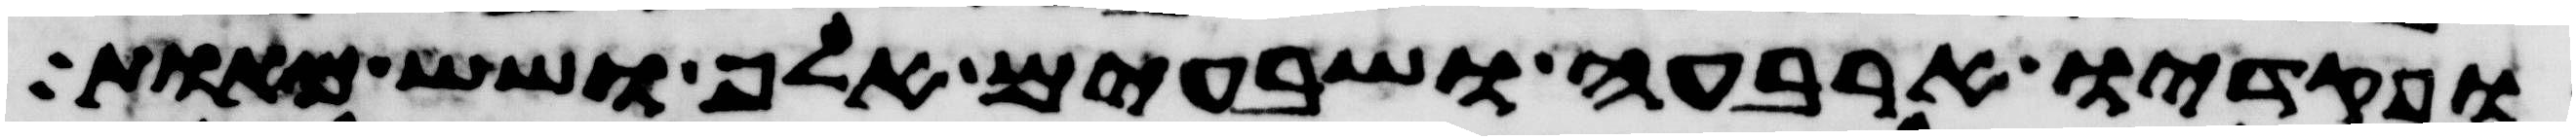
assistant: ופקדיו ארבעה ושבעים אלף ושש מאות